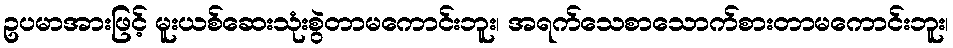
ဥပမာအားဖြင့် မူးယစ်ဆေးသုံးစွဲတာမကောင်းဘူး၊ အရက်သေစာသောက်စားတာမကောင်းဘူး၊